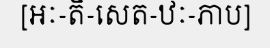
[អៈ-តិ-សេត-ឋៈ-ភាប]